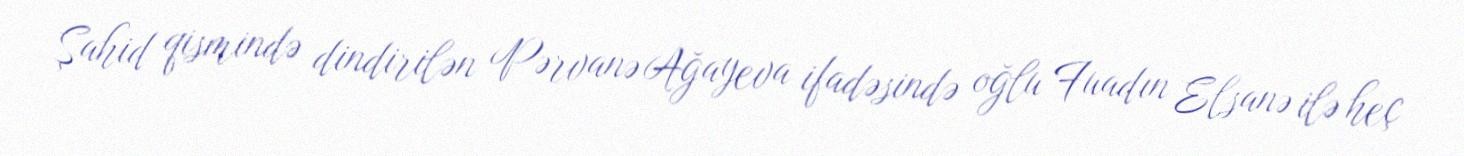
Şahid qismində dindirilən Pərvanə Ağayeva ifadəsində oğlu Fuadın Elsanə ilə heç